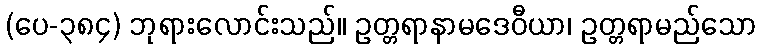
(ပေ-၃၈၄) ဘုရားလောင်းသည်။ ဥတ္တရာနာမဒေဝီယာ၊ ဥတ္တရာမည်သော